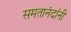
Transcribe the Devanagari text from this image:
समतानंदांनी